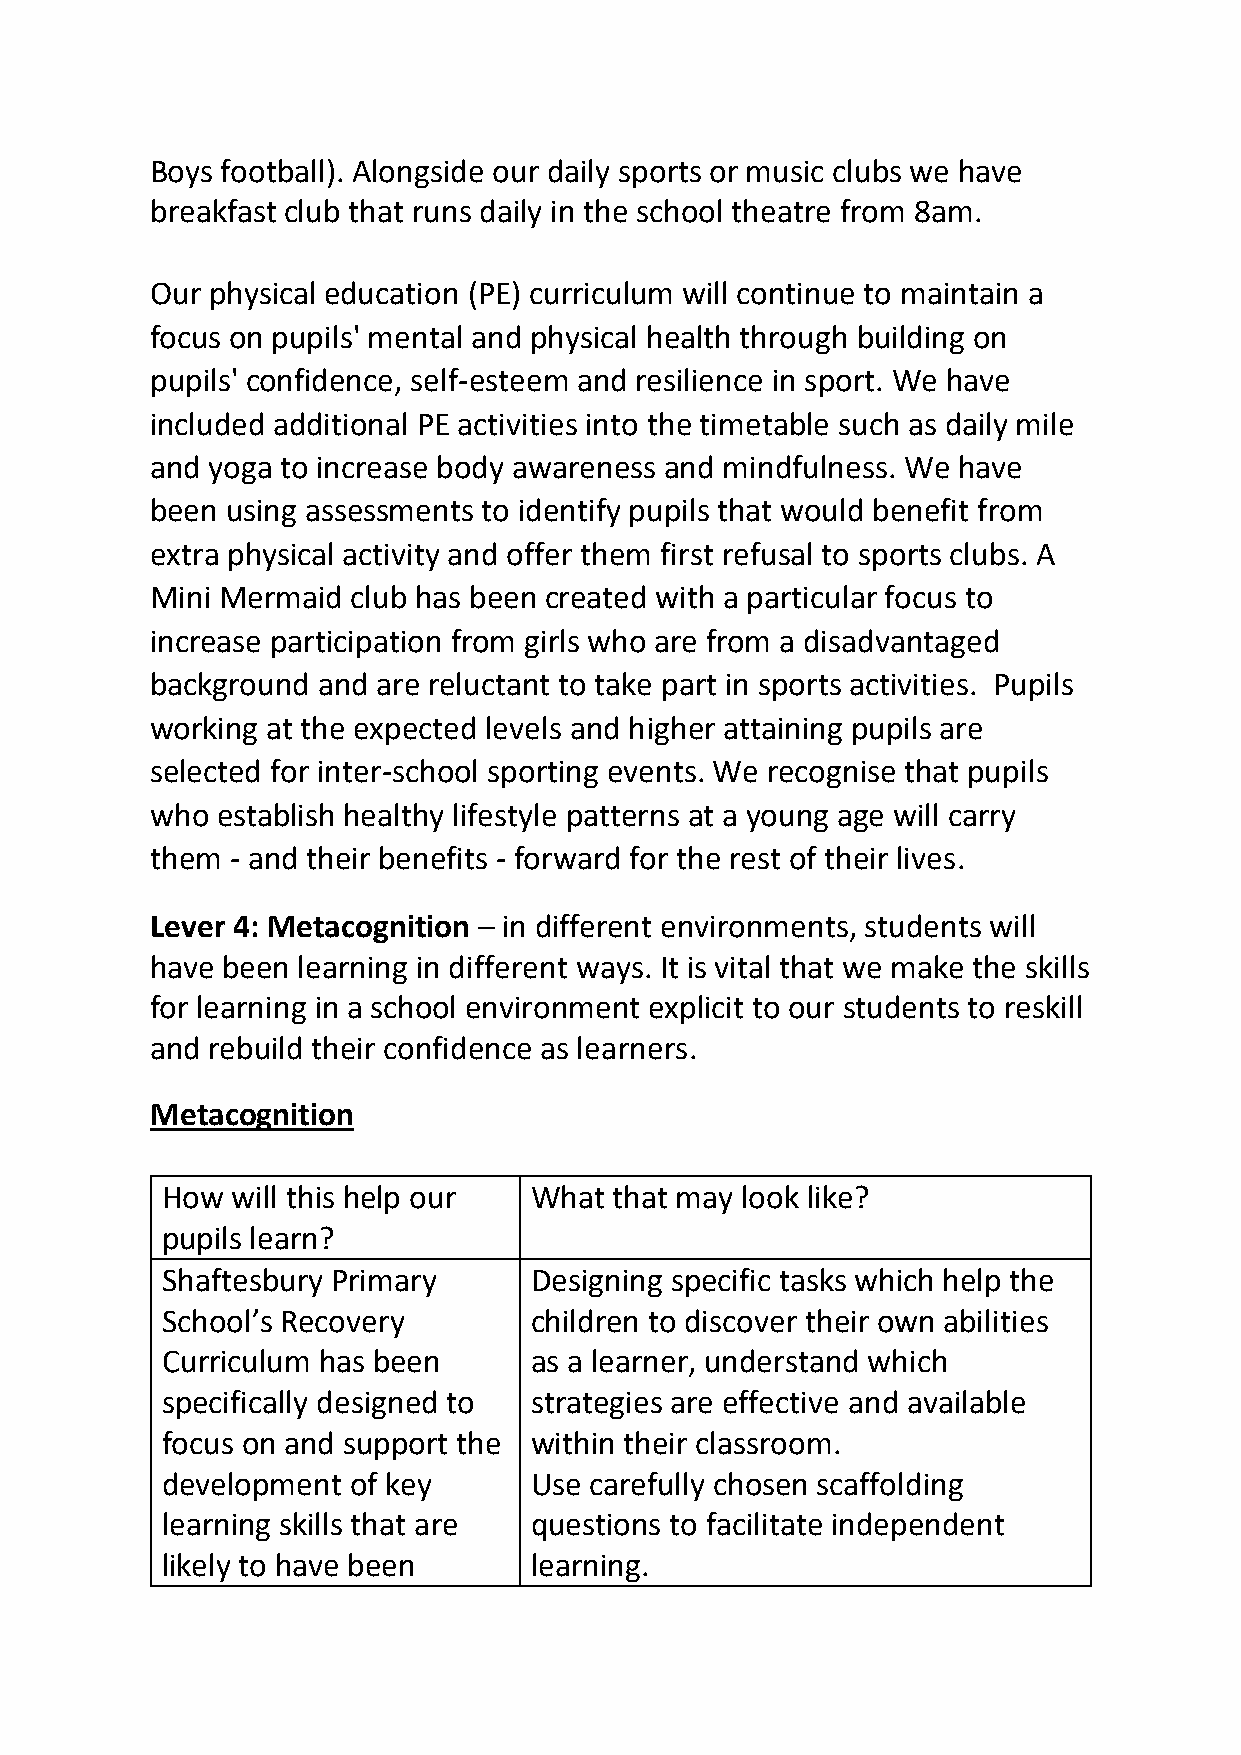
Boys football). Alongside our daily sports or music clubs we have
 breakfast club that runs daily in the school theatre from 8am.
 Our physical education (PE) curriculum will continue to maintain a
 focus on pupils' mental and physical health through building on
 pupils' confidence, self-esteem and resilience in sport. We have
 included additional PE activities into the timetable such as daily mile
 and yoga to increase body awareness and mindfulness. We have
 been using assessments to identify pupils that would benefit from
 extra physical activity and offer them first refusal to sports clubs. A
 Mini Mermaid club has been created with a particular focus to
 increase participation from girls who are from a disadvantaged
 background and are reluctant to take part in sports activities. Pupils
 working at the expected levels and higher attaining pupils are
 selected for inter-school sporting events. We recognise that pupils
 who establish healthy lifestyle patterns at a young age will carry
 them - and their benefits - forward for the rest of their lives.
 Lever 4: Metacognition – in different environments, students will
 have been learning in different ways. It is vital that we make the skills
 for learning in a school environment explicit to our students to reskill
 and rebuild their confidence as learners.
 Metacognition
 How will this help our  What  that may look like?
 pupils learn?
 Shaftesbury Primary     Designing specific tasks which help the
 ●
 School’s Recovery       children to discover their own abilities
 Curriculum has been     as a learner, understand which
 specifically designed to strategies are effective and available
 focus on and support the within their classroom.
 development of key      Use carefully chosen scaffolding
 ●
 learning skills that are questions to facilitate independent
 likely to have been     learning.